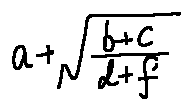
a + \sqrt { \frac { b + c } { d + f } }